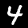
Label: 4